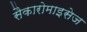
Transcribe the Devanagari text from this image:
सैकारोमाइसेज